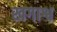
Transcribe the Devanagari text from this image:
खगाश्व